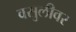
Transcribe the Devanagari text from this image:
वसुलीवर